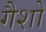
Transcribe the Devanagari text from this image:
गैशो